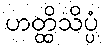
ဟတ္ထိသိပ္ပံ